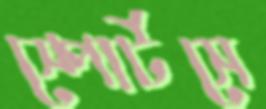
স্পোর্টসে